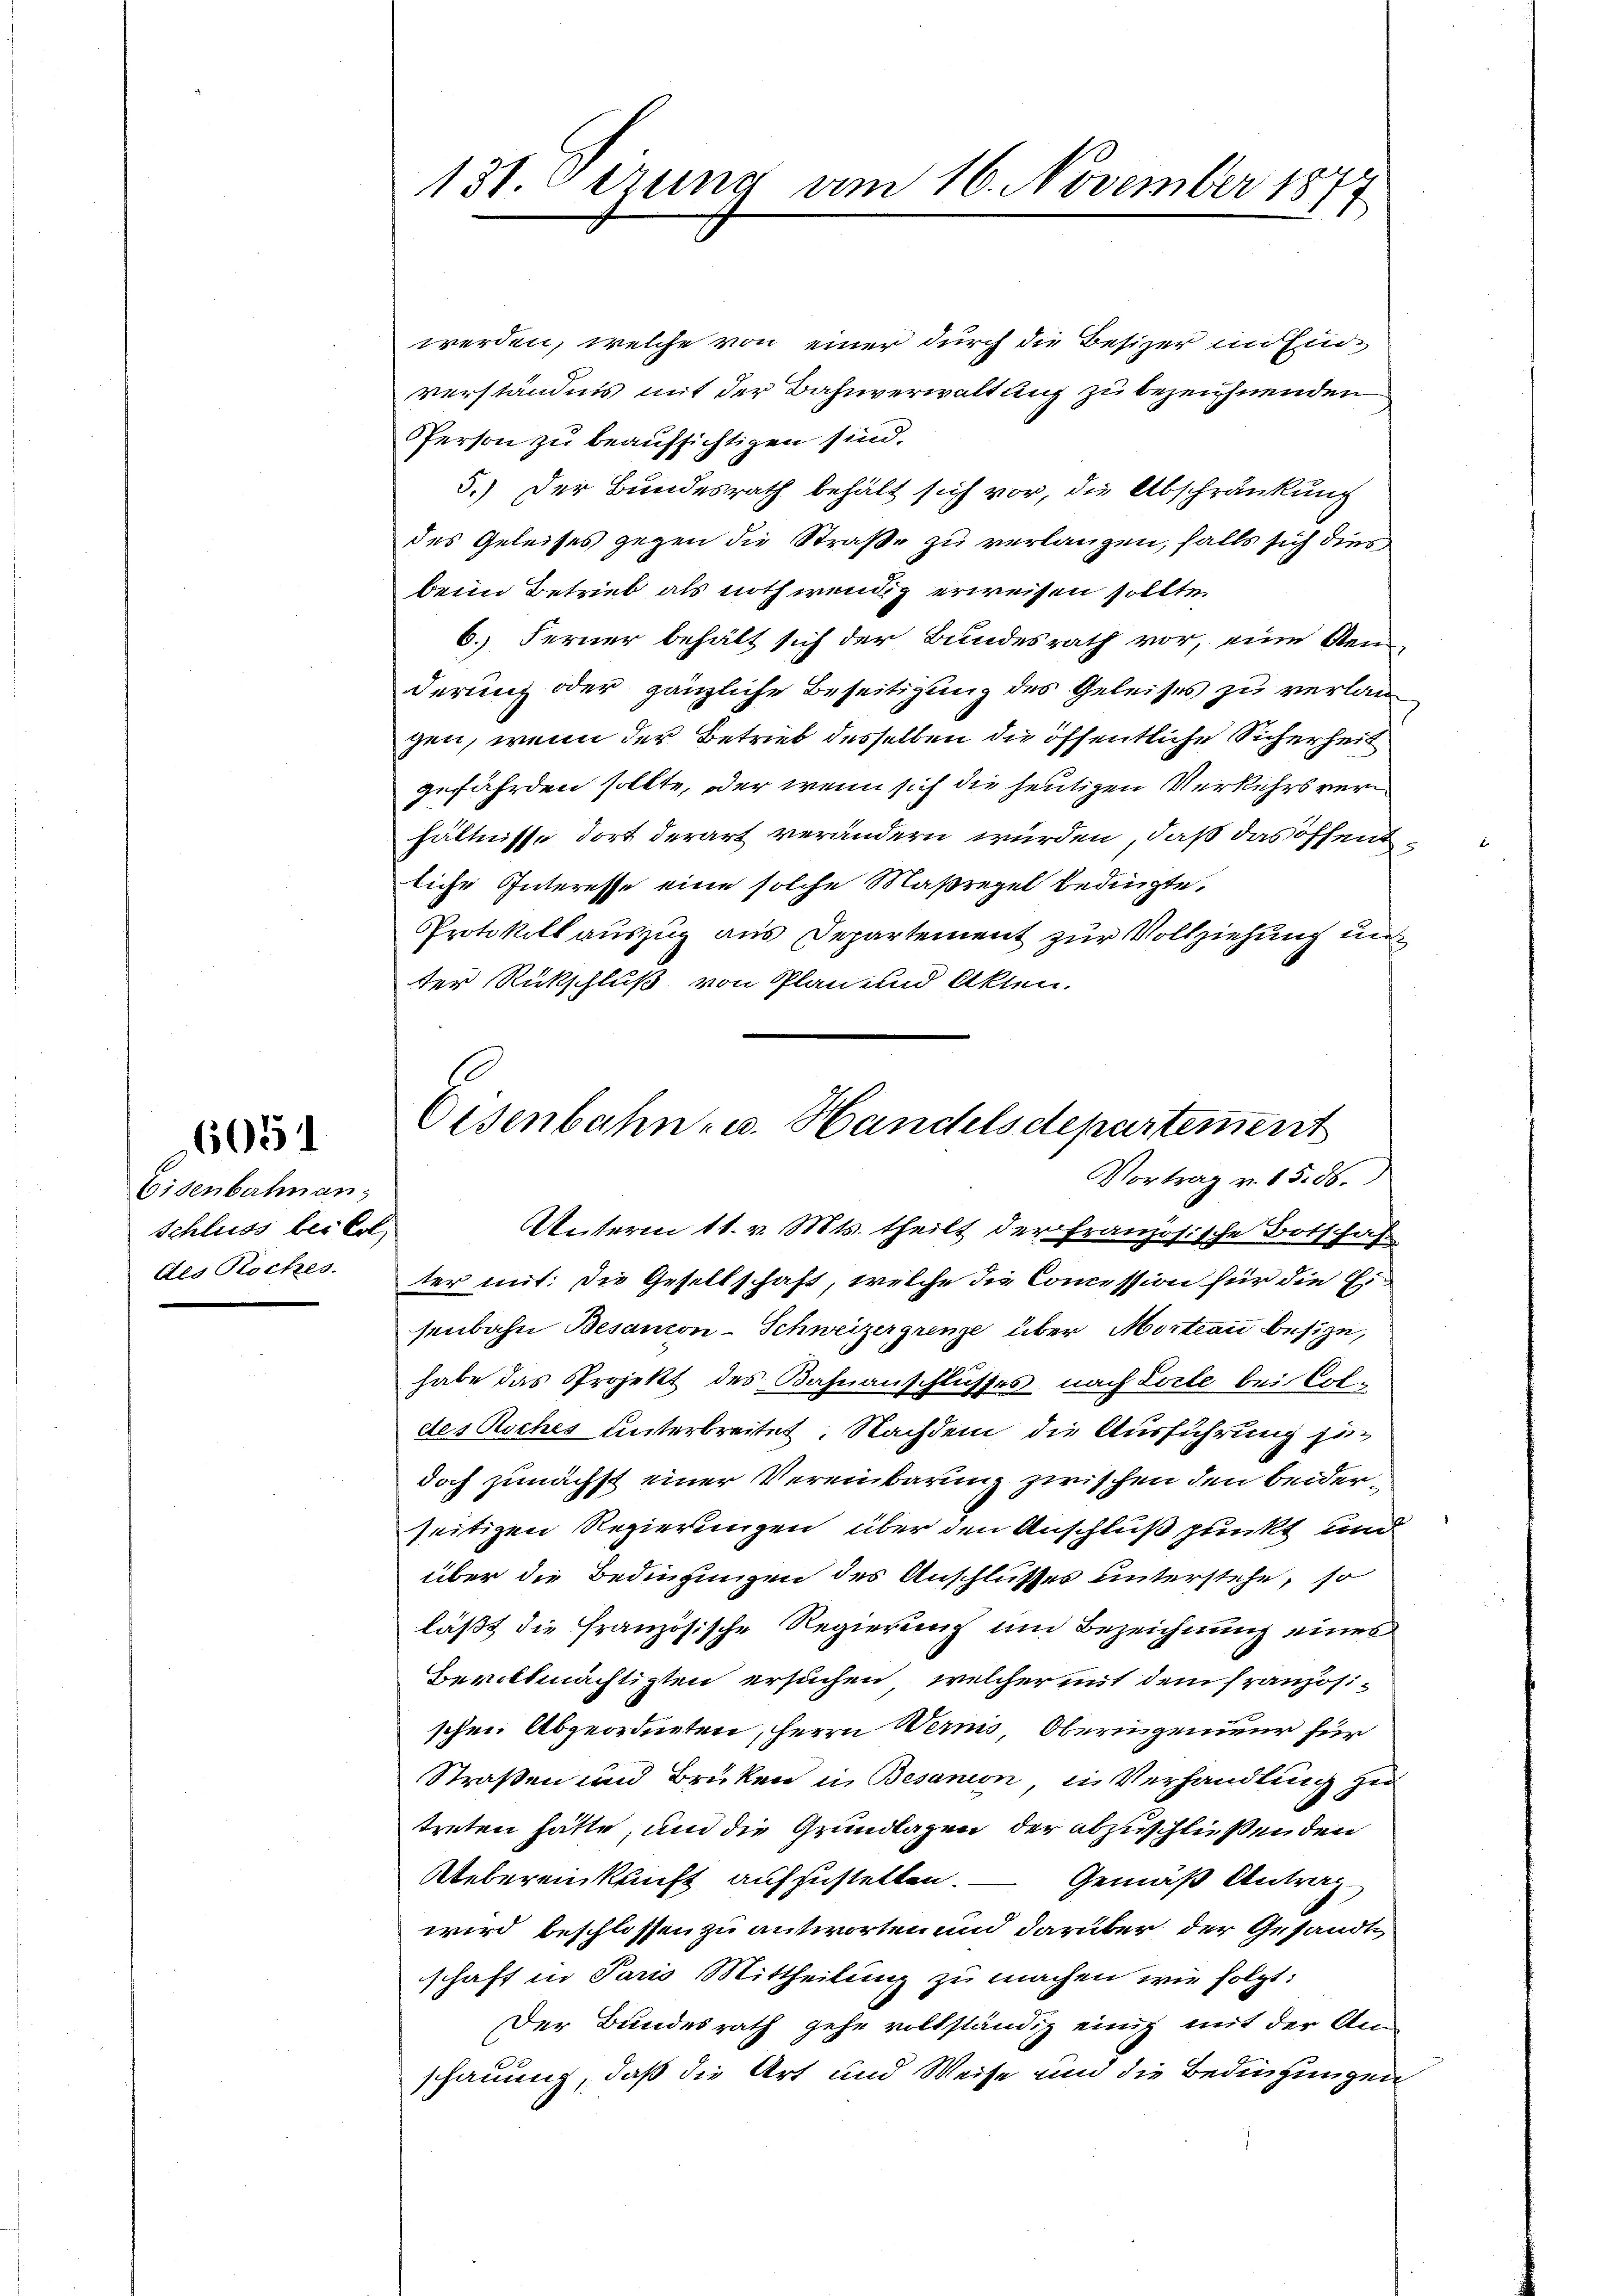
6051

Eisenbalman;
schluss bei Col
des Rockes.

131. Gerung am 16. November 1877

Eisenbahn- u. Handelsdepartement
Vortrag v. 15. 86.

werden, welche von einer durch die Besizer in Einverständnis mit der Bahnverwaltung zu bezeichnenden
PPerson zu beaufsichtigen sind.
5.) Der Bundesrath behält sich vor, die Abschränkung
des Geleises gegen die Straße zu verlangen, falls sich dies
beim Betrieb als nothwendig erweisen sollte.
6. Ferner behält sich der Bundesrath vor, eine Aen
derung oder gänzliche Beseitigung des Geleises zu verlangen, wenn der Betrieb desselben die öffentliche Sicherheit
gefährden sollte, oder wenn sich die heutigen Verkehrsverhältnisse dort derart verändern würden, daß das öffent
liche Interesse eine solche Maßregel bedingte,
Protokoll auszug aus Departement zur Vollziehung un
der Rückschluß von Plan und Akten.
Unterm 11. v. Mts. theilt der Französische Botschaf
ter mit: Die Gesellschaft, welche die Commission für die Eisubahn Besanion-Schweizergrenze über Mortau besize,
habe das Projekt des Bahnanschlusses nach Lorte bei Coldes Roches unterbreitet. Nachdem die Ausführung sädoch zunächst einer Vereinbarung zwischen den beiderseitizen Regierungen über den Anschluß punkt und
über die Bedingungen des Anschlusses unterstehe, so
läßt die Französische Regierung um Bezeichnung eines
Bevitmächtigten ersuchen, welcher mit dem französischen. Abgeordneten, Herrn Wernis, Oberingenieur für
Straßen und Brüken in Besanion, in Verhandlung zu
treten hätte, um die Grundlagen der abzuschließenden
Uebereinkunft aufzustellen. — Gemäß Antrag
wird beschlossen zu antworten und darüber der Gesandte
schaft in Paris Mittheilung zu machen wie folgt:
Der Bundesrath gehe vollständig einig mit der Ann
schauung, daß die Art und Weise und die Bedingungen